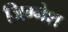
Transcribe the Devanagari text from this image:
जिग्नेश